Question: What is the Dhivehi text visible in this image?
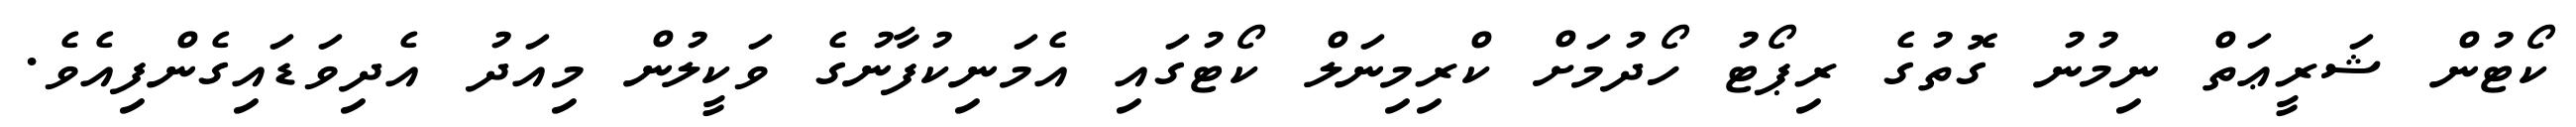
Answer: ކޯޓުން ޝަރީޢަތް ނިމުނު ގޮތުގެ ރިޕޯޓު ހޯދުމަށް ކްރިމިނަލް ކޯޓުގައި އެމަނިކުފާނުގެ ވަކީލުން މިއަދު އެދިވަޑައިގެންފިއެވެ.